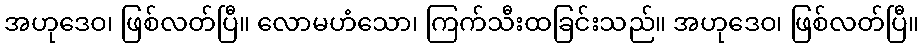
အဟုဒေဝ၊ ဖြစ်လတ်ပြီ။ လောမဟံသော၊ ကြက်သီးထခြင်းသည်။ အဟုဒေဝ၊ ဖြစ်လတ်ပြီ။